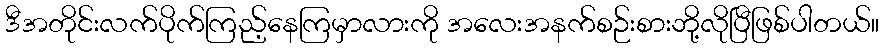
ဒီအတိုင်းလက်ပိုက်ကြည့်နေကြမှာလားကို အလေးအနက်စဉ်းစားဘို့လိုပြီဖြစ်ပါတယ်။